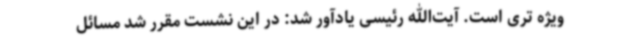
ویژه تری است. آیت‌الله رئیسی یادآور شد: در این نشست مقرر شد مسائل